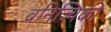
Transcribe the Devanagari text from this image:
वनिज्यिकी